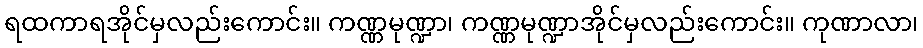
ရထကာရအိုင်မှလည်းကောင်း။ ကဏ္ဏမုဏ္ဍာ၊ ကဏ္ဏမုဏ္ဍာအိုင်မှလည်းကောင်း။ ကုဏာလာ၊